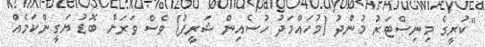
"ކުރީގެ މިނިސްޓަރު މުންދު (މުހައްމަދު ހުސެއިން ޝަރީފު) ވެސް ވަރަށް ބޮޑު ޔަގީންކަމެއް